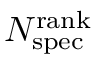
N _ { \mathrm { s p e c } } ^ { \mathrm { r a n k } }